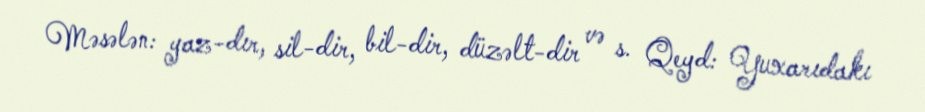
Məsələn: yaz-dır, sil-dir, bil-dir, düzəlt-dir və s. Qeyd: Yuxarıdakı